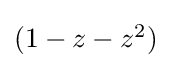
{\textstyle (1-z-z^{2})}